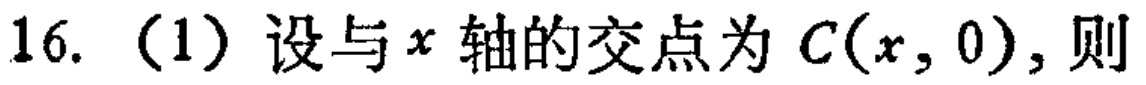
16. （1）设与\(x\)轴的交点为\(C(x,0)\)，则